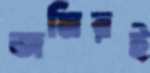
জমিরই